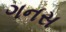
ગનસ